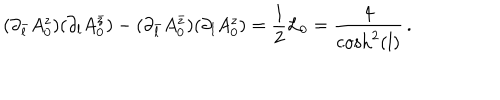
( \partial _ { \bar { l } } A _ { 0 } ^ { z } ) ( \partial _ { l } A _ { 0 } ^ { \bar { z } } ) - ( \partial _ { \bar { l } } A _ { 0 } ^ { \bar { z } } ) ( \partial _ { l } A _ { 0 } ^ { z } ) = \frac { 1 } { 2 } { \cal L } _ { 0 } = \frac { 4 } { \cosh ^ { 2 } ( l ) } \, .